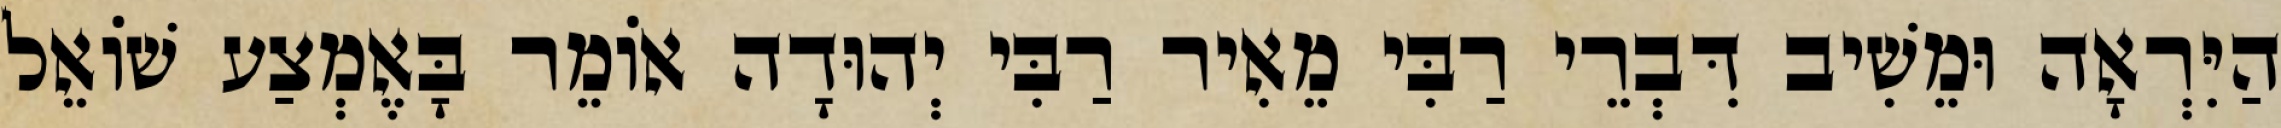
הַיִּרְאָה וּמֵשִׁיב דִּבְרֵי רַבִּי מֵאִיר רַבִּי יְהוּדָה אוֹמֵר בָּאֶמְצַע שׁוֹאֵל